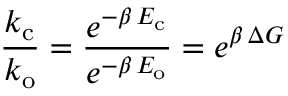
\frac { k _ { \mathrm { c } } } { k _ { \mathrm { o } } } = \frac { e ^ { - \beta \, E _ { \mathrm { c } } } } { e ^ { - \beta \, E _ { \mathrm { o } } } } = e ^ { \beta \, \Delta G }